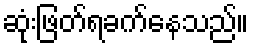
ဆုံးဖြတ်ရခက်နေသည်။